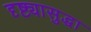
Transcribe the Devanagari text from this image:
दृष्ट्यासुद्धा